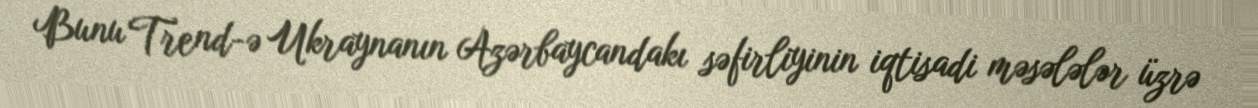
Bunu Trend-ə Ukraynanın Azərbaycandakı səfirliyinin iqtisadi məsələlər üzrə